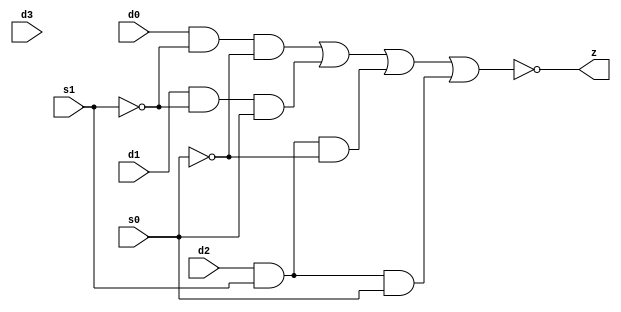
//#############################################################################
//# Function: 4-Input Inverting Mux                                           #
//#                                                                           #
//# Copyright: OH Project Authors. All rights Reserved.                       #
//# License:  MIT (see LICENSE file in OH repository)                         # 
//#############################################################################

module oh_mxi4 #(parameter DW = 1 ) // array width
   (
    input [DW-1:0]  d0,
    input [DW-1:0]  d1,
    input [DW-1:0]  d2,
    input [DW-1:0]  d3,
    input [DW-1:0]  s0,
    input [DW-1:0]  s1,
    output [DW-1:0] z
    );
   
   assign z = ~((d0 & ~s1 & ~s0) |
		(d1 & ~s1 &  s0) |
		(d2 &  s1 & ~s0) |
		(d2 &  s1 &  s0));
   
endmodule